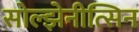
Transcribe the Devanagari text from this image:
सोल्झेनीत्सिन